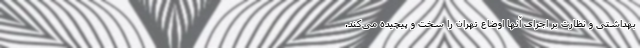
بهداشتی و نظارت بر اجرای آنها اوضاع تهران را سخت و پیچیده می‌کند.